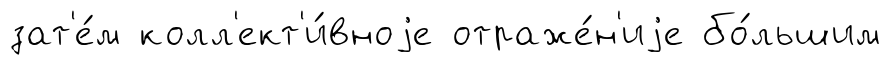
зат'е́м колл'ект'и́вноjе отраже́н'иjе бо́льшим